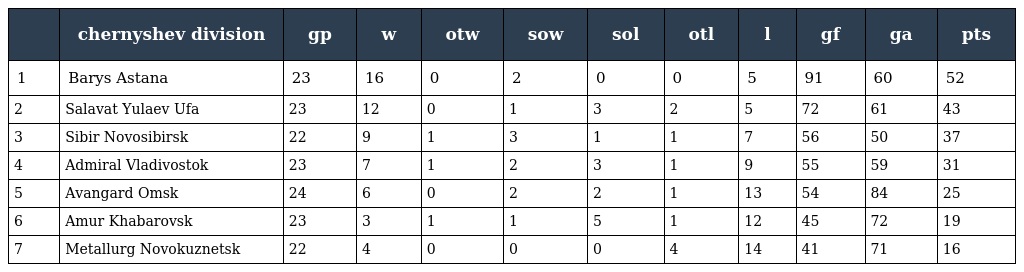
|  | chernyshev division | gp | w | otw | sow | sol | otl | l | gf | ga | pts |
 | --- | --- | --- | --- | --- | --- | --- | --- | --- | --- | --- | --- |
 | 1 | Barys Astana | 23 | 16 | 0 | 2 | 0 | 0 | 5 | 91 | 60 | 52 |
 | 2 | Salavat Yulaev Ufa | 23 | 12 | 0 | 1 | 3 | 2 | 5 | 72 | 61 | 43 |
 | 3 | Sibir Novosibirsk | 22 | 9 | 1 | 3 | 1 | 1 | 7 | 56 | 50 | 37 |
 | 4 | Admiral Vladivostok | 23 | 7 | 1 | 2 | 3 | 1 | 9 | 55 | 59 | 31 |
 | 5 | Avangard Omsk | 24 | 6 | 0 | 2 | 2 | 1 | 13 | 54 | 84 | 25 |
 | 6 | Amur Khabarovsk | 23 | 3 | 1 | 1 | 5 | 1 | 12 | 45 | 72 | 19 |
 | 7 | Metallurg Novokuznetsk | 22 | 4 | 0 | 0 | 0 | 4 | 14 | 41 | 71 | 16 |